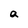
Character: a